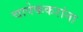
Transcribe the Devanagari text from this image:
चापेककरांना